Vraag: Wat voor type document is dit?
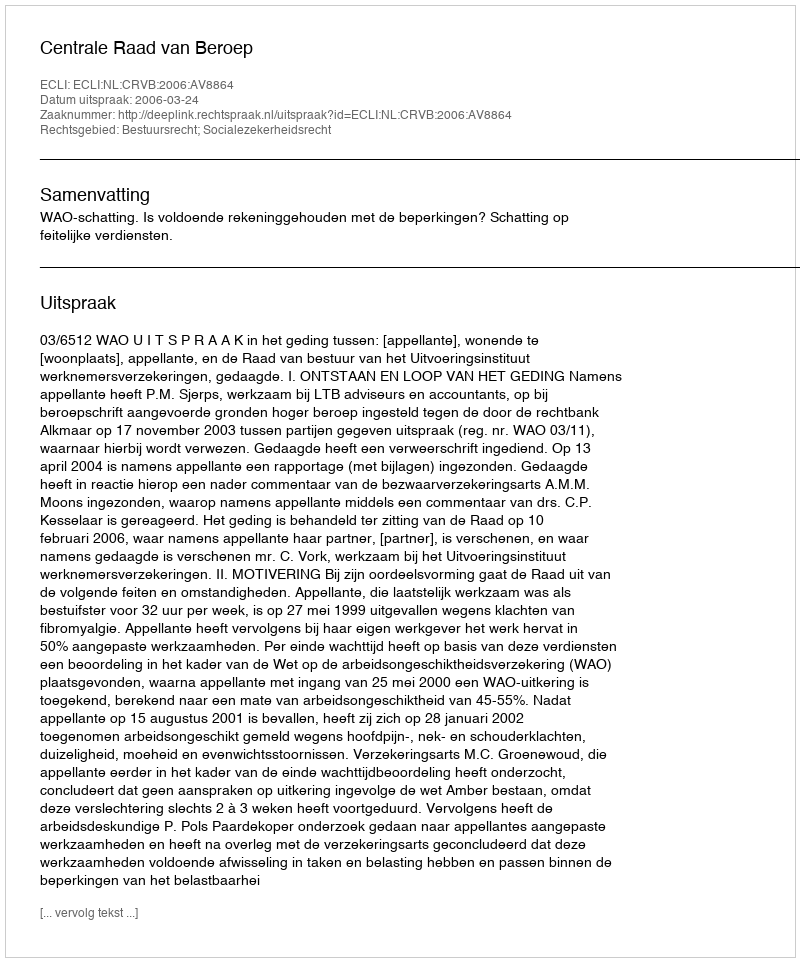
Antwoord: Uitspraak